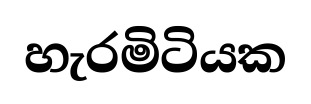
හැරමිටියක